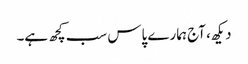
دیکھ، آج ہمارے پاس سب کچھ ہے۔